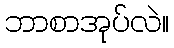
ဘာစာအုပ်လဲ။